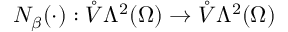
N _ { \beta } ( \cdot ) : \mathring { V } \Lambda ^ { 2 } ( \Omega ) \to \mathring { V } \Lambda ^ { 2 } ( \Omega )